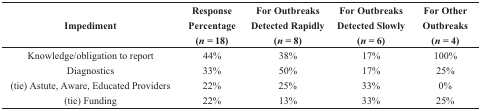
<table><thead><tr><td><b>Impediment</b></td><td><b>Response Percentage (<i>n =</i> 18)</b></td><td><b>For Outbreaks Detected Rapidly (<i>n =</i> 8)</b></td><td><b>For Outbreaks Detected Slowly (<i>n =</i> 6)</b></td><td><b>For Other Outbreaks (<i>n =</i> 4)</b></td></tr></thead><tbody><tr><td>Knowledge/obligation to report</td><td>44%</td><td>38%</td><td>17%</td><td>100%</td></tr><tr><td>Diagnostics</td><td>33%</td><td>50%</td><td>17%</td><td>25%</td></tr><tr><td>(tie) Astute, Aware, Educated Providers</td><td>22%</td><td>25%</td><td>33%</td><td>0%</td></tr><tr><td>(tie) Funding</td><td>22%</td><td>13%</td><td>33%</td><td>25%</td></tr></tbody></table>